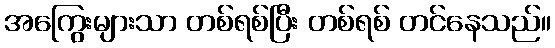
အကြွေးများသာ တစ်ရစ်ပြီး တစ်ရစ် တင်နေသည်။